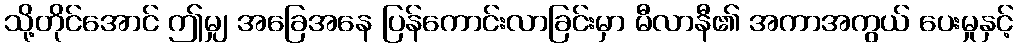
သို့တိုင်အောင် ဤမျှ အခြေအနေ ပြန်ကောင်းလာခြင်းမှာ မီလာနီ၏ အကာအကွယ် ပေးမှုနှင့်